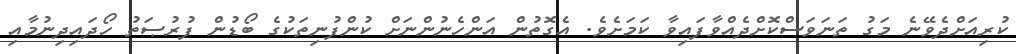
ކުރިއަށްދެވޭނެ މަގު ތަނަވަސްކޮށްދެއްވާފައިވާ ކަމަށެވެ. އެގޮތުން އަންހެނުންނަށް ކުންފުނިތަކުގެ ބޯޑުން ފުރުޞަތު ހޯދައިދިނުމާއި